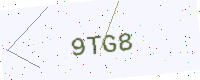
Text: 9TG8